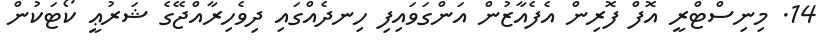
14. މިނިސްޓްރީ އޮފް ފޮރިން އެފެއާޒުން އަންގަވައިފި ހިނދެއްގައި ދިވެހިރާއްޖޭގެ ޝަރުޢީ ކޯޓަކުން